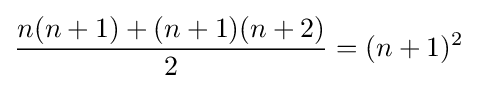
{\frac {n(n+1)+(n+1)(n+2)}{2}}=(n+1)^{2}